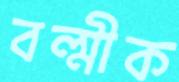
বল্মীক